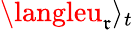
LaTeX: \langleu_{\mathfrak{r}}\rangle_{t}